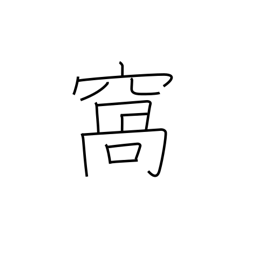
Meaning: pouch